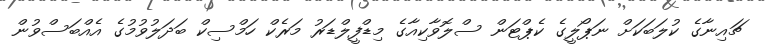
ޗައިނާގެ ކުލަބަކަށް ނަޕޯލީގެ ކެޕްޓަން ސްލޮވާކިއާގެ މިޑްފީލްޑަރު މަރެކް ހަމްސިކް ބަދަލުވުމުގެ އެއްބަސްވުން